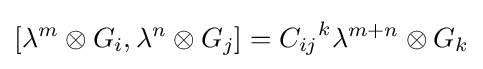
[\lambda ^{m}\otimes G_{i},\lambda ^{n}\otimes G_{j}]={C_{ij}}^{k}\lambda ^{m+n}\otimes G_{k}